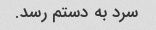
سرد به دستم رسد.